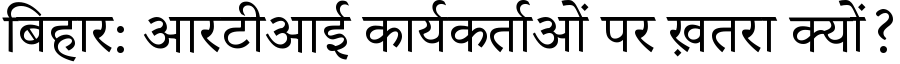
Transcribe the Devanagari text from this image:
बिहार: आरटीआई कार्यकर्ताओं पर ख़तरा क्यों?